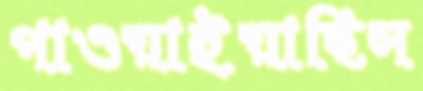
পাওয়াইয়াছিস